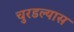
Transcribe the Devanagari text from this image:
चुरडल्यास